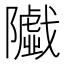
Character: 𱀼